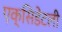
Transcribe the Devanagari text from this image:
एक्सिडेंटली